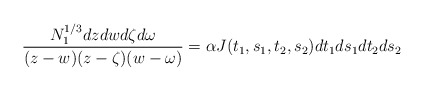
\begin{align*}\frac{N_1^{1/3}dzdwd\zeta d\omega}{(z-w)(z-\zeta)(w-\omega)}=\alpha J(t_1,s_1,t_2,s_2)dt_1ds_1dt_2ds_2\end{align*}